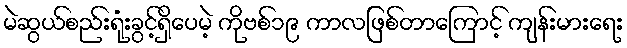
မဲဆွယ်စည်းရုံးခွင့်ရှိပေမဲ့ ကိုဗစ်၁၉ ကာလဖြစ်တာကြောင့် ကျန်းမားရေး